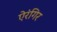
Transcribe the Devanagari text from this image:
ऐरंगिर